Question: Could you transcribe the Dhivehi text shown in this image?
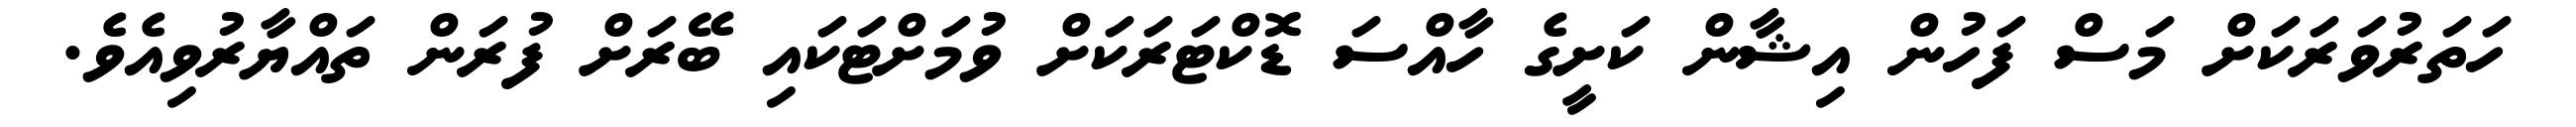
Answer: ހަތަރުވަރަކަށް މަސް ފަހުން އިޝާން ކަށީގެ ހާއްސަ ޑޮކްޓަރަކަށް ވުމަށްޓަކައި ބޭރަށް ފުރަން ތައްޔާރުވިއެވެ.